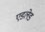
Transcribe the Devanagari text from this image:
एडलेड